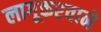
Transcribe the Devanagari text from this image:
लागूकरवाने